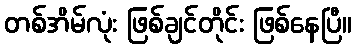
တစ်အိမ်လုံး ဖြစ်ချင်တိုင်း ဖြစ်နေပြီ။